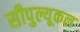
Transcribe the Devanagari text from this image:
सीपुल्यूकल